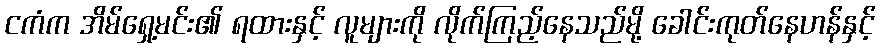
ငကံက အိမ်ရှေ့မင်း၏ ရထားနှင့် လူများကို လိုက်ကြည့်နေသည်မို့ ခေါင်းကုတ်နေဟန်နှင့်